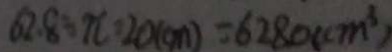
6 2 . 8 \div \pi = 2 0 ( c m ) = 6 2 8 0 ( c m ^ { 3 } )